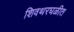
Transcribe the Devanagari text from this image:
शिवथरघळीत